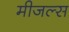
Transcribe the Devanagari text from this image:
मीजल्स